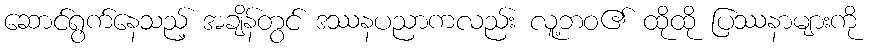
ဆောင်ရွက်နေသည့် အချိန်တွင် ဒဿနပညာကလည်း လူ့ဘဝ၏ ထိုထို ပြဿနာများကို